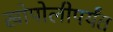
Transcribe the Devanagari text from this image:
खोपोलीपर्यंत